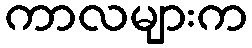
ကာလများက